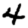
Digit: 4